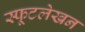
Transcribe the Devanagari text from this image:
स्फूटलेखन